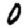
Digit: 0